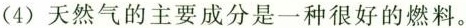
(4) 天然气的主要成分是一种很好的燃料。